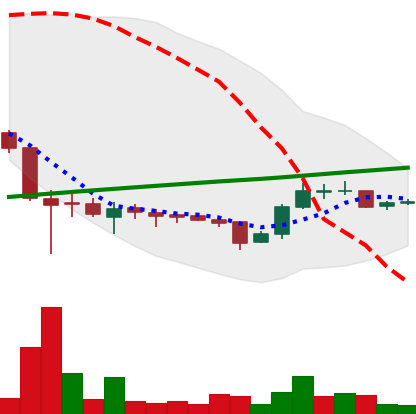
Ticker: LTC-USD
Chart end date: 2015-09-11
Forward return: -5.223%
Label: down_5_7